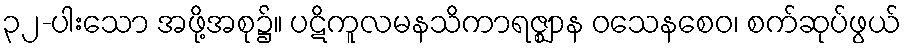
၃၂-ပါးသော အဖို့အစု၌။ ပဋိကူလမနသိကာရဇ္ဈာန ဝသေနစေဝ၊ စက်ဆုပ်ဖွယ်